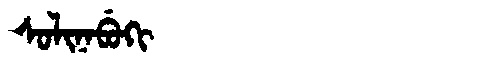
Manchu: ᠰᠣᠯᡳᠨᠠᠪᡠᡴᡳ
Romanization: SOLINABUKI